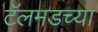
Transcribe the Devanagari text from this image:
टॅलमडच्या